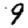
Digit: 9